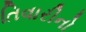
તિવારીનો